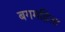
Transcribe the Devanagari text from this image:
बगमहिला